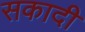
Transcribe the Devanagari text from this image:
सकादी